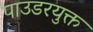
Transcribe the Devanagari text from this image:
पाउडरयुक्त